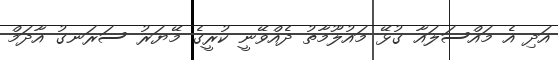
އަދި އެ މައްސަލައާ ގުޅޭ މައުލޫމާތު ދެއްވޭނީ ކުރީގެ މޭޔަރު ސަރަނގު އާދަމް